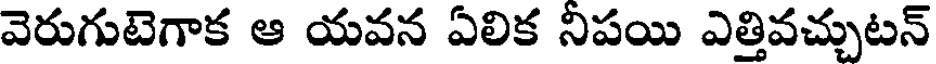
వెరుగుటెగాక ఆ యవన ఏలిక నిపయి ఎత్తివచ్చుటన్